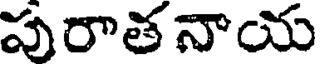
పురాతనాయ